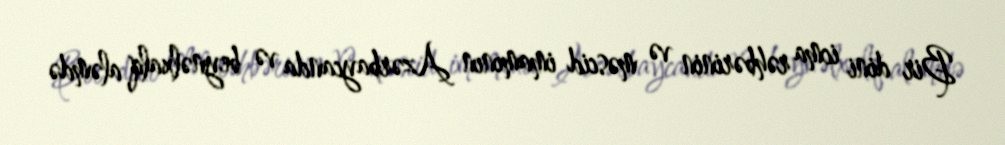
Bir dini icma rəhbərinin və məscid imamının Azərbaycanda və beynəlxalq aləmdə